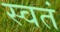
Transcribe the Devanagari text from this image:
स्वतं